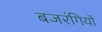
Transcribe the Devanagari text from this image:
बजरंगियों